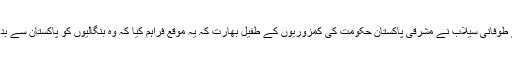
1970ء کے طوفانی سیلاب نے مشرقی پاکستان حکومت کی کمزوریوں کے طفیل بھارت کہ یہ موقع فراہم کیا کہ وہ بنگالیوں کو پاکستان سے بدظن کرسکے۔